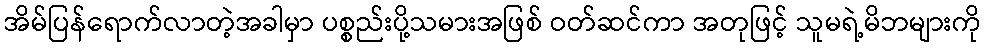
အိမ်ပြန်ရောက်လာတဲ့အခါမှာ ပစ္စည်းပို့သမားအဖြစ် ဝတ်ဆင်ကာ အတုဖြင့် သူမရဲ့မိဘများကို